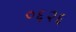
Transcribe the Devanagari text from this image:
०६२६